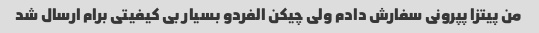
من پیتزا پپرونی سفارش دادم ولی چیکن الفردو بسیار بی کیفیتی برام ارسال شد